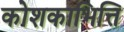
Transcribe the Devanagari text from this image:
कोशकाभित्ति